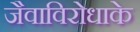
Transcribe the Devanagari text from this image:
जैवाविरोधाके